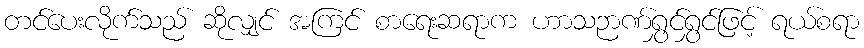
တင်ပေးလိုက်သည် ဆိုလျှင် အကြင် စာရေးဆရာက ဟာသဉာဏ်ရွှင်ရွှင်ဖြင့် ရယ်စရာ